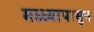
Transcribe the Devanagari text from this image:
मध्ध्यापासुन